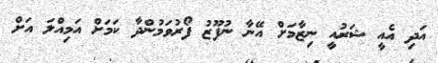
އަދި އެއީ ޝަރުއީ ނިޒާމަށް އޭނާ ނުފޫޒު ފޯރުވަމުންދާ ކަމަށް އަމިއްލަ އަށް